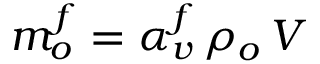
m _ { o } ^ { f } = \alpha _ { v } ^ { f } \, \rho _ { o } \, V